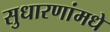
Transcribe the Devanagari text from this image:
सुधारणांमधे